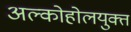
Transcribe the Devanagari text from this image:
अल्कोहोलयुक्त